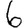
Digit: 6